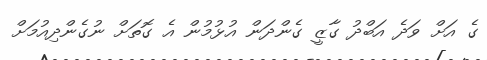
ގެ އަށް ވަދެ އަބްދު ގާޒީ ގެންދަން އުޅުމުން އެ ގޮތަށް ނުގެންދިއުމަށް